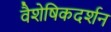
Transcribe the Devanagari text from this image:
वैशेषिकदर्शन